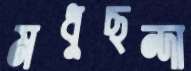
মধুছন্দা